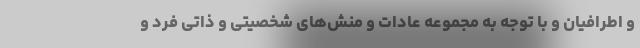
و اطرافیان و با توجه به مجموعه عادات و منش‌های شخصیتی و ذاتی فرد و